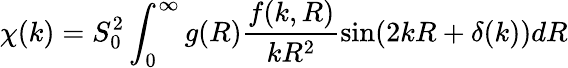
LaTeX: \chi(k)=S_{0}^{2}\int_{0}^{\infty}g(R)\frac{f(k,R)}{kR^{2}}\sin(2kR+\delta(k))dR